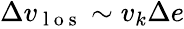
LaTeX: \begin{array}{r}{\Delta v_{\mathrm{~l~o~s~}}\sim v_{k}\Delta e}\end{array}